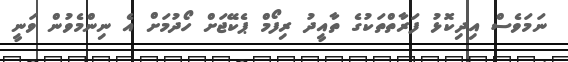
ނަމަވެސް އިދިކޮޅު ފަރާތްތަކުގެ ތާއީދު ރިފޯމް ޕެކޭޖަށް ހޯދުމަށް އެ ނިންމެވުން ވަނީ